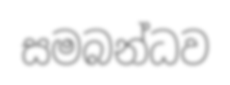
සමබන්ධව